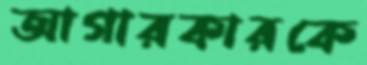
আগারকারকে